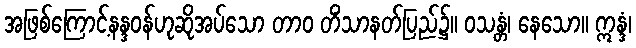
အဖြစ်ကြောင့်နန္ဒဝန်ဟုဆိုအပ်သော တာဝ တိံသာနတ်ပြည်၌။ ဝသန္တံ၊ နေသော။ ဣန္ဒံ၊